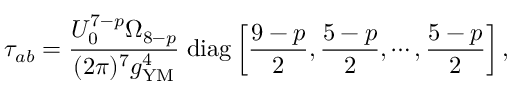
\tau _ { a b } = \frac { U _ { 0 } ^ { 7 - p } \Omega _ { 8 - p } } { ( 2 \pi ) ^ { 7 } g _ { \mathrm { Y M } } ^ { 4 } } \; \mathrm { d i a g } \left[ \frac { 9 - p } { 2 } , \frac { 5 - p } { 2 } , \cdots , \frac { 5 - p } { 2 } \right] ,